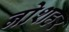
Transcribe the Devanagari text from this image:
नोशहर